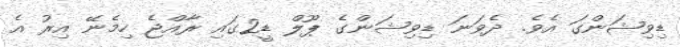
ޑިވިޝަންގަ އެވެ. ދެވަނަ ޑިވިޝަންގެ ޕޫލް ޑީ2ގައި ރާއްޖެ ހިމެނޭ އިރު އެ